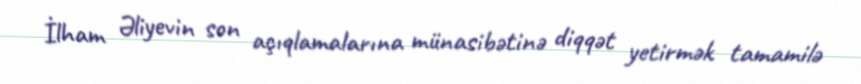
İlham Əliyevin son açıqlamalarına münasibətinə diqqət yetirmək tamamilə